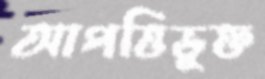
আপত্তিভুক্ত